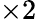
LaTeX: \times 2